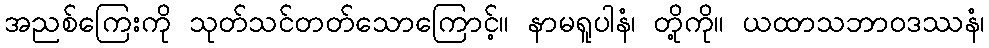
အညစ်ကြေးကို သုတ်သင်တတ်သောကြောင့်။ နာမရူပါနံ၊ တို့ကို။ ယထာသဘာဝဒဿနံ၊